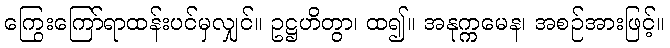
ကြွေးကြော်ရာထန်းပင်မှလျှင်။ ဥဋ္ဌဟိတွာ၊ ထ၍။ အနုက္ကမေန၊ အစဉ်အားဖြင့်။